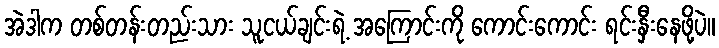
အဲဒါက တစ်တန်းတည်းသား သူငယ်ချင်းရဲ့ အကြောင်းကို ကောင်းကောင်း ရင်းနှီးနေဖို့ပဲ။